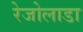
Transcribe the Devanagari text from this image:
रेजोलाडा